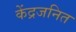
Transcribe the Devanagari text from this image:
केंद्रजनित